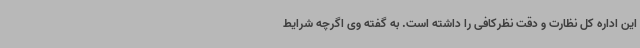
این اداره کل نظارت و دقت نظرکافی را داشته است. به گفته وی اگرچه شرایط